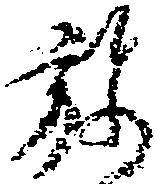
弥